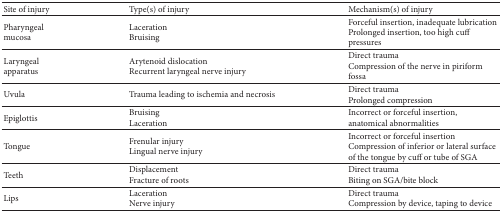
<table><thead><tr><td><b>Site of injury</b></td><td><b>Type(s) of injury</b></td><td><b>Mechanism(s) of injury</b></td></tr></thead><tbody><tr><td>Pharyngeal mucosa</td><td>LacerationBruising</td><td>Forceful insertion, inadequate lubricationProlonged insertion, too high cuff pressures</td></tr><tr><td>Laryngeal apparatus</td><td>Arytenoid dislocationRecurrent laryngeal nerve injury</td><td>Direct traumaCompression of the nerve in piriform fossa</td></tr><tr><td>Uvula</td><td>Trauma leading to ischemia and necrosis</td><td>Direct traumaProlonged compression</td></tr><tr><td>Epiglottis</td><td>BruisingLaceration</td><td>Incorrect or forceful insertion, anatomical abnormalities</td></tr><tr><td>Tongue</td><td>Frenular injuryLingual nerve injury</td><td>Incorrect or forceful insertionCompression of inferior or lateral surface of the tongue by cuff or tube of SGA</td></tr><tr><td>Teeth</td><td>DisplacementFracture of roots</td><td>Direct traumaBiting on SGA/bite block</td></tr><tr><td>Lips</td><td>LacerationNerve injury</td><td>Direct traumaCompression by device, taping to device</td></tr></tbody></table>